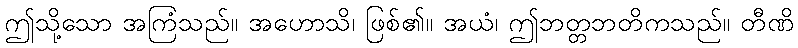
ဤသို့သော အကြံသည်။ အဟောသိ၊ ဖြစ်၏။ အယံ၊ ဤဘတ္တဘတိကသည်။ တီဏိ